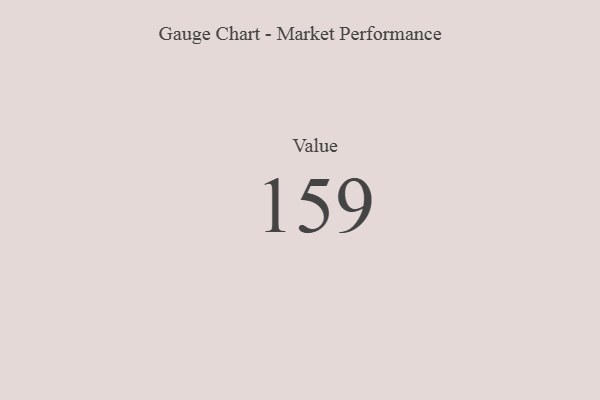
{"axis": {"x": "Metric", "y": "Value"}, "legend": [""], "data": [{"x": "Value", "y": 159, "type": ""}]}